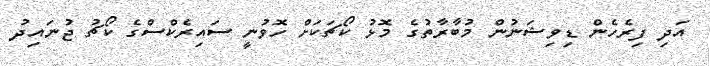
އަދި ފިރެހެން ޑިވިޝަނުން މުބާރާތުގެ މޮޅު ކޯޗަކަށް ހޮވުނީ ސައިރެކްސްގެ ކޯޗު ޖުނައިދު